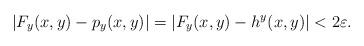
LaTeX: \begin{align*}| F_y(x,y) - p_y(x,y) |= | F_y(x,y) - h^y(x,y) | < 2 \varepsilon.\end{align*}